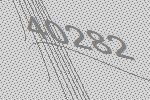
40282